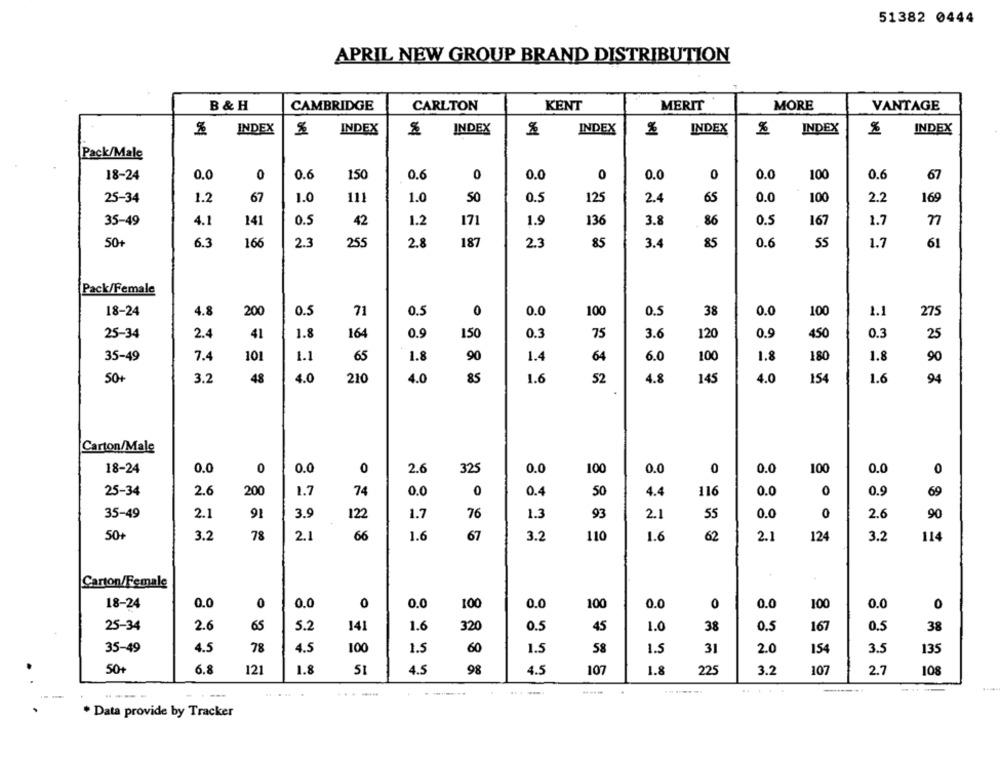
51382 0444
APRIL NEW GROUP BRAND DISTRIBUTION
B & H
CAMBRIDGE
CARLTON
KENT
MERIT
MORE
VANTAGE
INDEX
INDEX
% INDEX
INDEX
INDEX
INDEX
INDEX
Pack/Male
0.0
0
0.6
150
0
0.0
0.0
0.6
67
18-24
0.6
0
0.0
0
100
1.2
67
111
50
0.5
125
65
100
2.2
169
25-34
1.0
1.0
2.4
0.0
141
0.5
1.2
1.9
136
3.8
86
1.7
n
35-49
4.1
42
171
0.5
167
50+
6.3
166
2.3
255
2.8
187
85
3.4
85
0.6
55
1.7
61
Pack/Female
18-24
4.8
200
38
1.1
0.5
71
0.5
0.0
100
0.5
0.0
100
275
25-34
2.4
41
1.8
164
0.9
75
120
0.9
450
25
150
0.3
3.6
0.3
35-49
7.4
101
90
1.1
65
1.8
1.4
64
6.0
100
1.8
180
1.8
90
50+
3.2
48
4.0
210
4.0
52
4.8
145
4.0
94
85
1.6
154
1.6
Carton/Male
18-24
0.0
0
0.0
0
2.6
325
0.0
100
0.0
0
0.0
100
0
0.0
25-34
2.6
200
74
0.0
0
50
4.4
116
0
0.9
69
1.7
0.4
0.0
35-49
2.1
91
3.9
1.7
76
1.3
93
2.1
55
0.0
0
2.6
90
122
50+
3.2
78
2.1
66
1.6
67
3.2
110
1.6
62
2.1
124
3.2
114
Carton/Female
18-24
0.0
0
0.0
0
0.0
100
0.0
100
0.0
0
0.0
100
0.0
0
25-34
2.6
65
5.2
141
1.6
320
0.5
45
1.0
38
0.5
167
0.5
38
35-49
4.5
78
4.5
100
1.5
60
1.5
58
1.5
31
2.0
154
3.5
135
50+
6.8
121
1.8
51
4.5
98
4.5
107
1.8
225
3.2
107
2.7
108
---
...-
. Data provide by Tracker